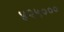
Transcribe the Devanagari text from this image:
४२५०००